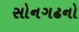
સોનગઢનો